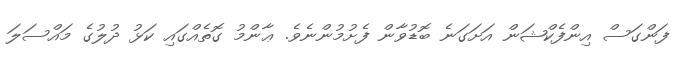
ފަންގަސް އިންފެކްޝަން އަށަގަނެ ބޮޑުވާން ފެށުމުންނެވެ. ޢާންމު ގޮތެއްގައި ކަޅު ދުލުގެ މައްސަލަ